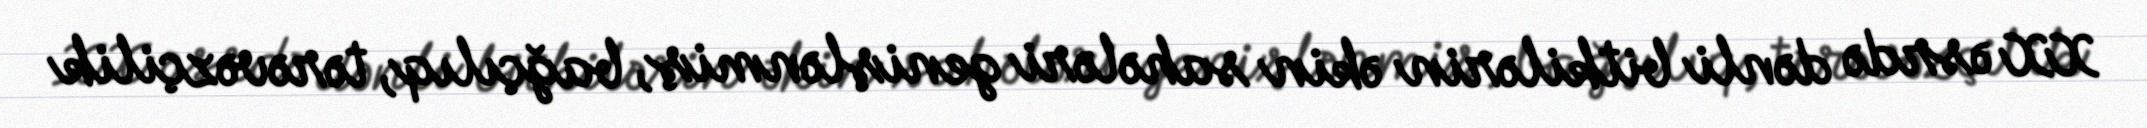
XX əsrdə dənli bitkilərin əkin sahələri genişlənmiş, bağçılıq, tərəvəzçilik